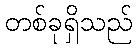
တစ်ခုရှိသည်